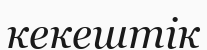
кекештік